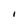
Character: I